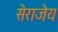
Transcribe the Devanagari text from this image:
सेराजेय